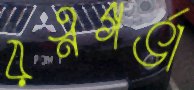
রত্নগর্ভা